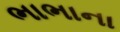
ભાભાના